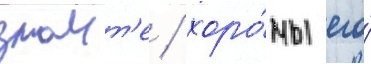
знаит'е / хоро́мы его́